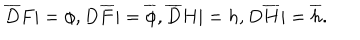
{ \overline { { D } } } F | = \phi , D { \overline { { F } } } | = { \overline { { \phi } } } , { \overline { { D } } } H | = h , D { \overline { { H } } } | = { \overline { { h } } } .